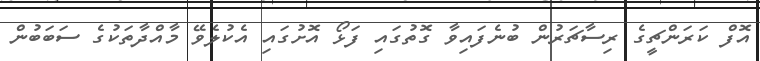
އޮފް ކަރަންޗީގެ ރިސާޗަރުން ބުނެފައިވާ ގޮތުގައި ފަޅޯ އޮށުގައި އެކުލެވޭ މާއްދާތަކުގެ ސަބަބުން